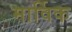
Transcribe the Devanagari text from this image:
मार्विक